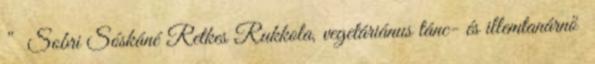
” Sobri Sóskáné Retkes Rukkola, vegetáriánus tánc- és illemtanárnő